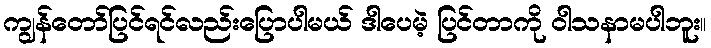
ကျွန်တော်ပြင်ရင်လည်းပြောပါမယ် ဒါပေမဲ့ ပြင်တာကို ဝါသနာမပါဘူး။